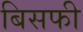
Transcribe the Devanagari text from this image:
बिसफी